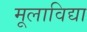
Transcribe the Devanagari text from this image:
मूलाविद्या